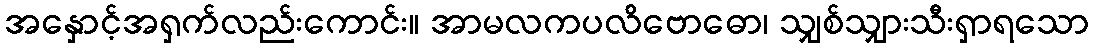
အနှောင့်အရှက်လည်းကောင်း။ အာမလကပလိဗောဓော၊ သျှစ်သျှားသီးရှာရသော